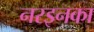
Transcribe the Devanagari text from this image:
नरइनका